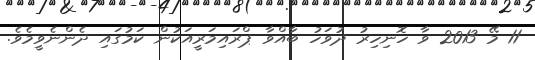
11 މޭ 2013 ވާ ހޮނިހިރު ދުވަހު ބާއްވާ ޕްރައިމަރީއަކުން ކަމުގައި ދެންނެވީމެވެ.